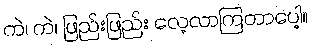
ကဲ၊ ကဲ၊ ဖြည်းဖြည်း လေ့လာကြတာပေါ့။